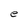
Character: e